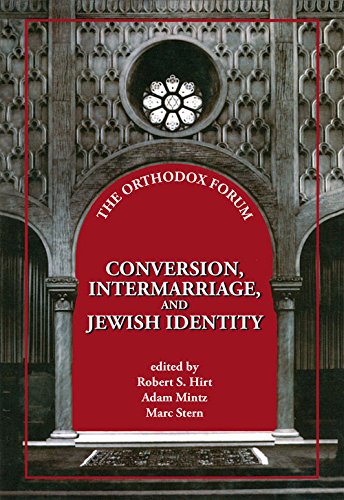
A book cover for Conversion, Intermarriage, and Jewish Identity (The Orthodox Forum); Religion & Spirituality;